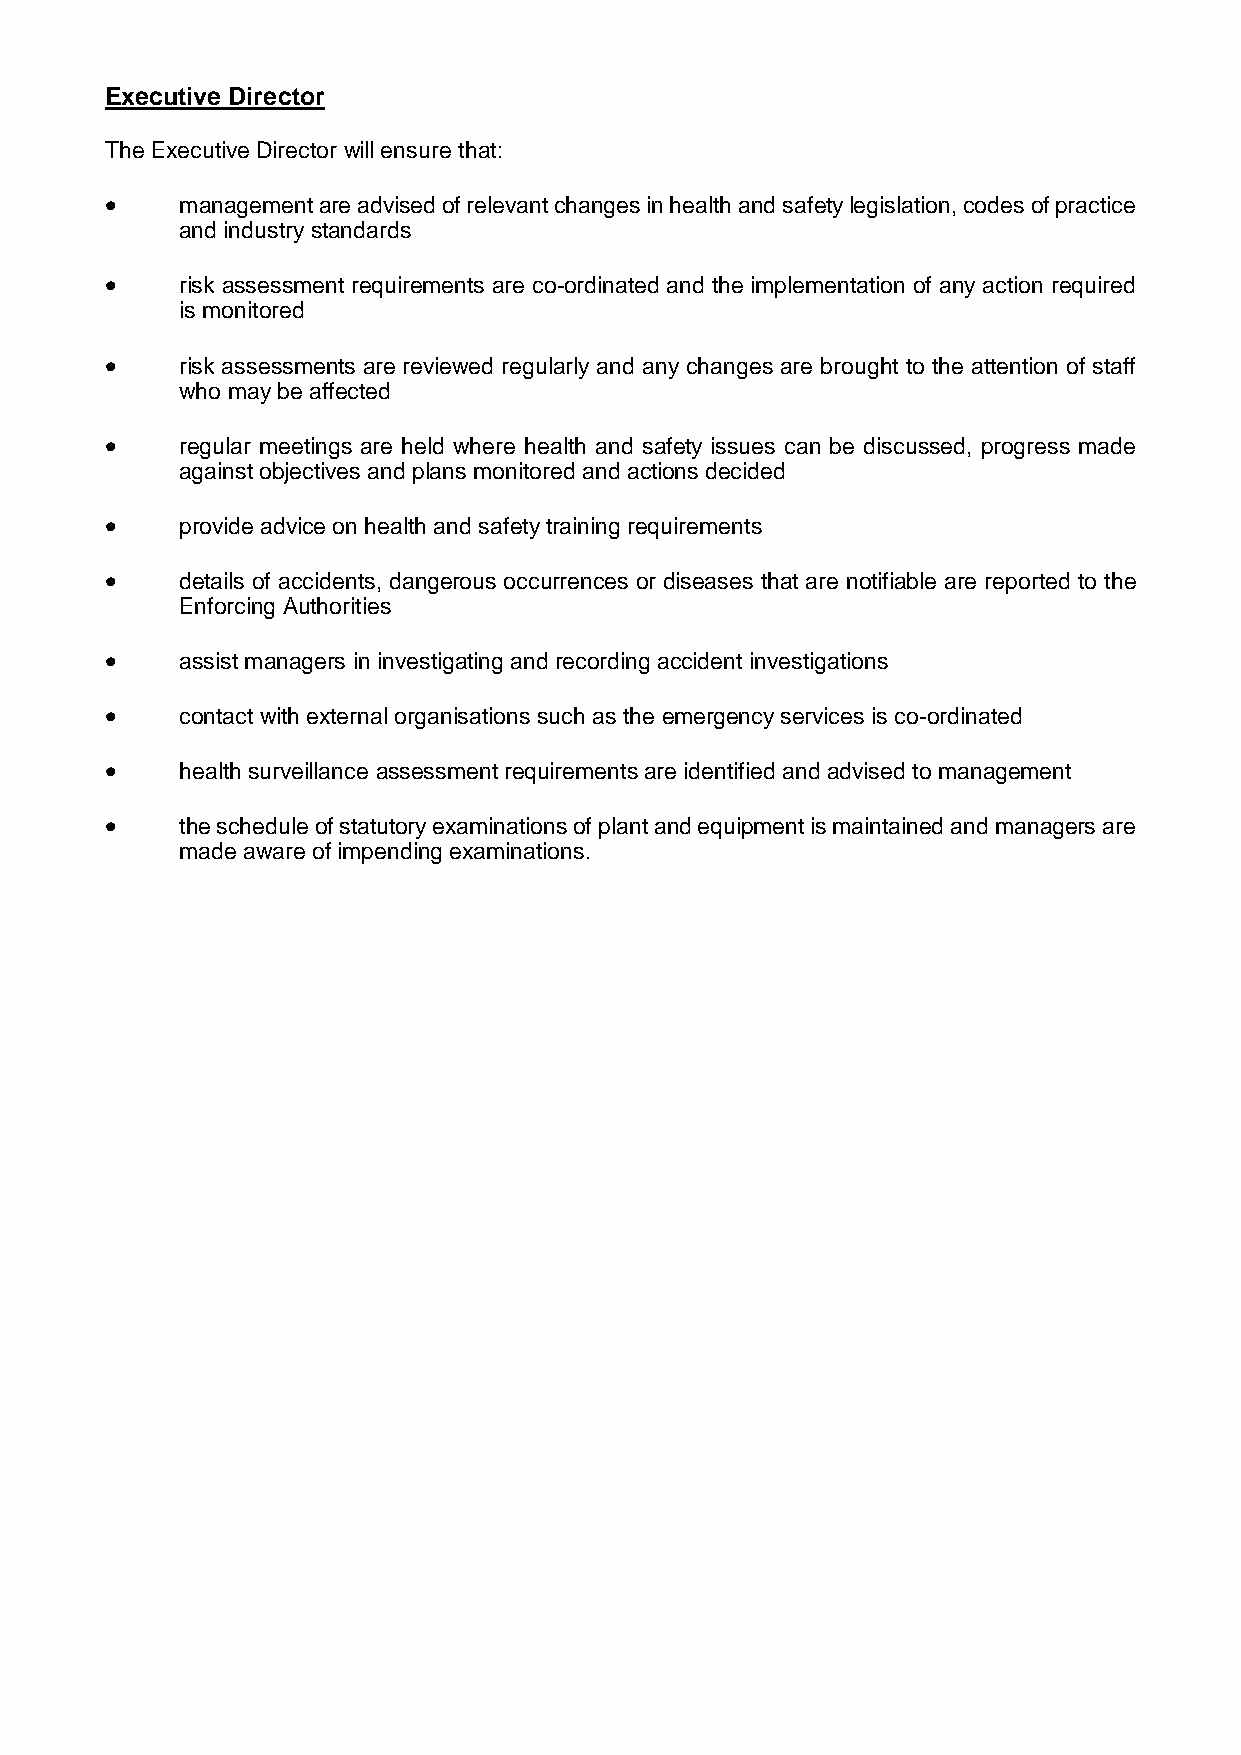
Executive Director
 The Executive Director will ensure that:
     management are advised of relevant changes in health and safety legislation, codes of practice
 and industry standards
     risk assessment requirements are co-ordinated and the implementation of any action required
 is monitored
     risk assessments are reviewed regularly and any changes are brought to the attention of staff
 who may be affected
     regular meetings are held where health and safety issues can be discussed, progress made
 against objectives and plans monitored and actions decided
     provide advice on health and safety training requirements
     details of accidents, dangerous occurrences or diseases that are notifiable are reported to the
 Enforcing Authorities
     assist managers in investigating and recording accident investigations
     contact with external organisations such as the emergency services is co-ordinated
     health surveillance assessment requirements are identified and advised to management
     the schedule of statutory examinations of plant and equipment is maintained and managers are
 made aware of impending examinations.